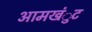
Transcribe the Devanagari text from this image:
आमखंुट